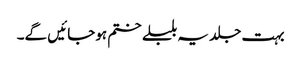
بہت جلد یہ بلبلے ختم ہوجائیں گے۔